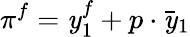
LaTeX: \pi^{f}=\mathit{y}_{1}^{f}+p\cdot{\bar{{\mathit{y}}}}_{1}